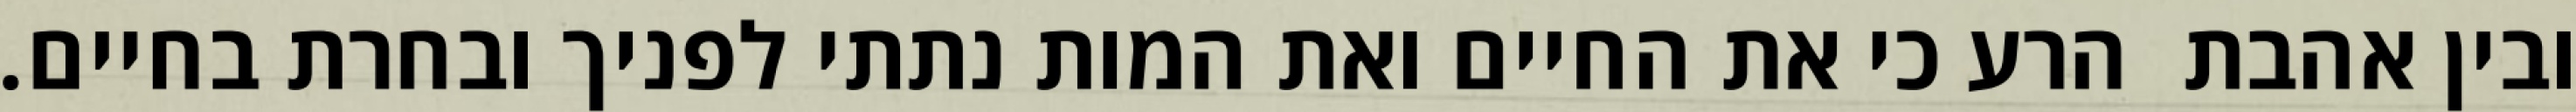
ובין אהבת  הרע כי את החיים ואת המות נתתי לפניך ובחרת בחיים.